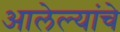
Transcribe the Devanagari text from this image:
आलेल्यांचे